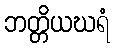
ဘတ္တိယဃရံ